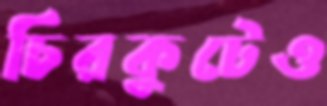
চিরকুটেও